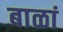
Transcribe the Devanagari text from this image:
बाळां